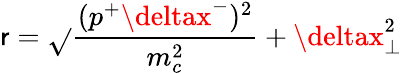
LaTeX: \mathsf{r}=\sqrt{}{{\frac{{(p^{+}\deltax^{-})^{2}}}{{m_{c}^{2}}}+\deltax_{\bot}^{2}}}